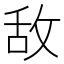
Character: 敌